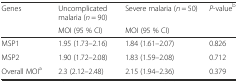
<table><thead><tr><td rowspan="2"><b>Genes</b></td><td><b>Uncomplicated malaria (<i>n</i> = 90)</b></td><td><b>Severe malaria (<i>n</i> = 50)</b></td><td><b><i>P</i>-value<sup>b</sup></b></td></tr><tr><td><b>MOI (95 % CI)</b></td><td><b>MOI (95 % CI)</b></td><td></td></tr></thead><tbody><tr><td>MSP1</td><td>1.95 (1.73–2.16)</td><td>1.84 (1.61–2.07)</td><td>0.826</td></tr><tr><td>MSP2</td><td>1.90 (1.72–2.08)</td><td>1.83 (1.59–2.08)</td><td>0.712</td></tr><tr><td>Overall MOI<sup>a</sup></td><td>2.3 (2.12–2.48)</td><td>2.15 (1.94–2.36)</td><td>0.379</td></tr></tbody></table>